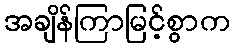
အချိန်ကြာမြင့်စွာက